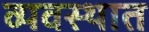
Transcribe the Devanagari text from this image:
व्यवस्थात